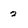
Character: 2